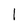
Character: l